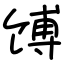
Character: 馎